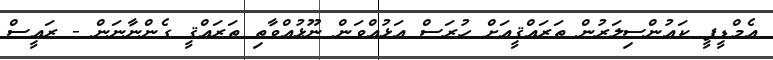
އެމްޑީޕީ ކައުންސިލަރުން ތަރައްޤީއަށް ހުރަސް އަޅުއްވަން ނޫޅުއްވާތި ތަރައްޤީ ގެންނާނަން - ރައީސް